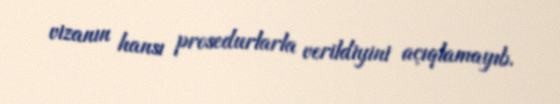
vizanın hansı prosedurlarla verildiyini açıqlamayıb.